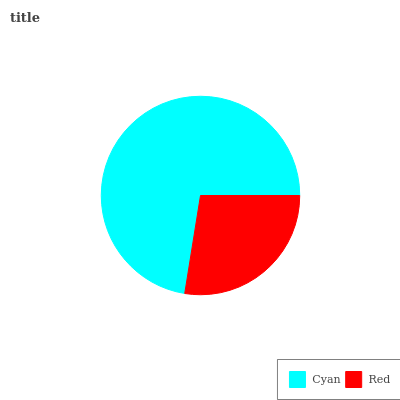
| Cyan | Red |
 | --- | --- |
 | 72.5% | 27.5% |